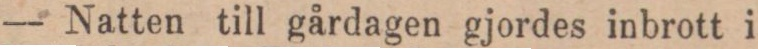
— Natten till gårdagen gjordes inbrott i